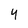
Character: 4